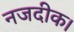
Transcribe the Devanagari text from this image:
नजदीक।